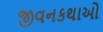
જીવનકથાઓ